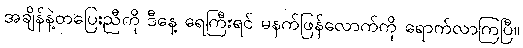
အချိန်နဲ့တပြေးညီကို ဒီနေ့ ရေကြီးရင် မနက်ဖြန်လောက်ကို ရောက်လာကြပြီ။